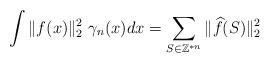
LaTeX: \begin{align*}\int \Vert f (x) \Vert_2^2 \ \gamma_n(x) dx = \sum_{S \in \mathbb{Z}^{\ast n}} \Vert \widehat{f}(S) \Vert_2^2\end{align*}